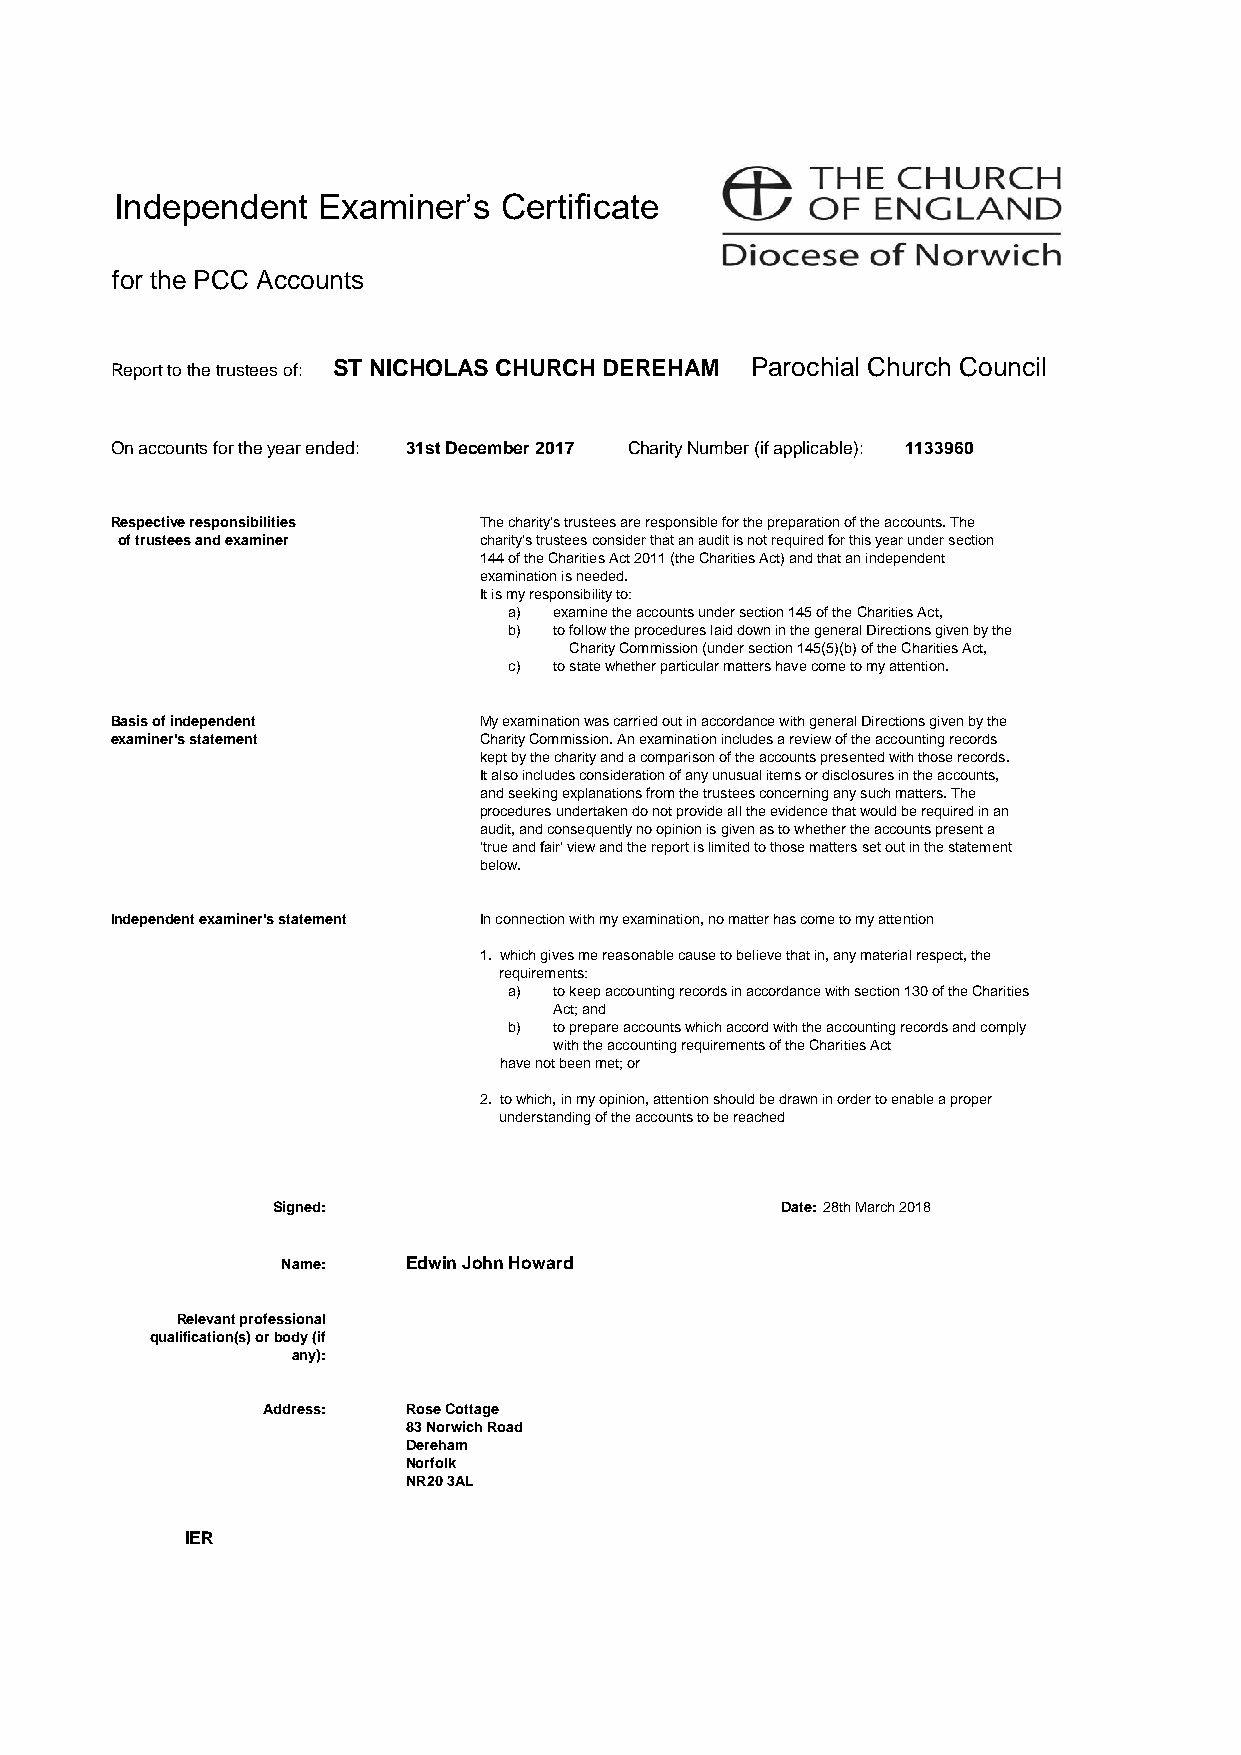
Independent  Examiner’s  Certificate
 for the PCC Accounts
 Report to the trustees of: ST NICHOLAS CHURCH DEREHAM Parochial Church Council
 On accounts for the year ended: 31st December 2017 Charity Number (if applicable): 1133960
 Respective responsibilities The charity's trustees are responsible for the preparation of the accounts. The
 of trustees and examiner charity’s trustees consider that an audit is not required for this year under section
 144 of the Charities Act 2011 (the Charities Act) and that an independent
 examination is needed.
 It is my responsibility to:
 a) examine the accounts under section 145 of the Charities Act,
 b) to follow the procedures laid down in the general Directions given by the
 Charity Commission (under section 145(5)(b) of the Charities Act,
 c) to state whether particular matters have come to my attention.
 Basis of independent     My examination was carried out in accordance with general Directions given by the
 examiner's statement     Charity Commission. An examination includes a review of the accounting records
 kept by the charity and a comparison of the accounts presented with those records.
 It also includes consideration of any unusual items or disclosures in the accounts,
 and seeking explanations from the trustees concerning any such matters. The
 procedures undertaken do not provide all the evidence that would be required in an
 audit, and consequently no opinion is given as to whether the accounts present a
 ‘true and fair’ view and the report is limited to those matters set out in the statement
 below.
 Independent examiner's statement In connection with my examination, no matter has come to my attention
 1. which gives me reasonable cause to believe that in, any material respect, the
 requirements:
 a) to keep accounting records in accordance with section 130 of the Charities
 Act; and
 b) to prepare accounts which accord with the accounting records and comply
 with the accounting requirements of the Charities Act
 have not been met; or
 2. to which, in my opinion, attention should be drawn in order to enable a proper
 understanding of the accounts to be reached
 Signed:                           Date:28th March 2018
 Name:   Edwin John Howard
 Relevant professional
 qualification(s) or body (if
 any):
 Address:  Rose Cottage
 83 Norwich Road
 Dereham
 Norfolk
 NR20 3AL
 IER